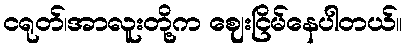
ငရုတ်၊အာလူးတို့က ဈေးငြိမ်နေပါတယ်။